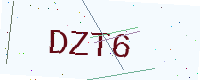
Text: DZT6